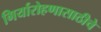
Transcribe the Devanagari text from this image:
गिर्यारोहणासाठीचे